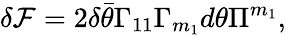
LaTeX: \delta{\cal F}=2\delta\bar{\theta}\Gamma_{11}\Gamma_{m_{1}}d\theta\Pi^{m_{1}},